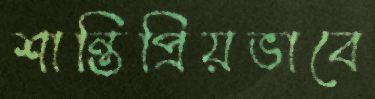
শান্তিপ্রিয়ভাবে